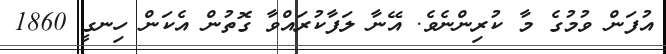
އުފަން ވުމުގެ މާ ކުރިންނެވެ. އޭނާ ލަފާކުރައްވާ ގޮތުން އެކަން ހިނގީ 1860